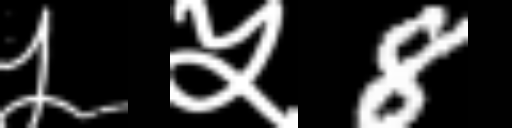
Text: ५५8